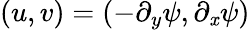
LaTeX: (u,v)=\left(-{\partial_{y}}\psi,{\partial_{\mathit{x}}}\psi\right)